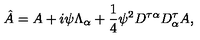
\hat { A } = A + i \psi \Lambda _ { \alpha } + \frac { 1 } { 4 } \psi ^ { 2 } { D ^ { \tau \alpha } D _ { \alpha } ^ { \tau } } A ,